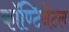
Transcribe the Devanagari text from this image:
कॉण्टिनेंटल